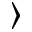
\rangle